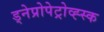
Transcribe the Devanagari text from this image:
ड्नेप्रोपेट्रोव्ह्स्क